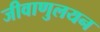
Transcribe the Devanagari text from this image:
जीवाणुलयन